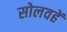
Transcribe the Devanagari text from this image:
सोलवहें